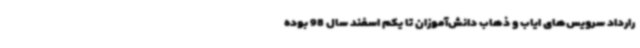
رارداد سرویس‌های ایاب و ذهاب دانش‌آموزان تا یکم اسفند سال 98 بوده